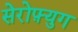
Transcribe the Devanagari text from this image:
सेरोफ़्युग